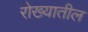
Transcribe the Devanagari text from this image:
रोख्यातील